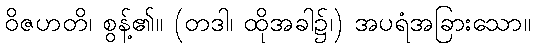
ဝိဇဟတိ၊ စွန့်၏။ (တဒါ၊ ထိုအခါ၌၊) အပရံအခြားသော။